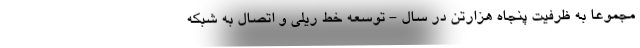
مجموعا به ظرفيت پنجاه هزارتن در سال - توسعه خط ريلي و اتصال به شبكه